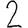
Digit: 2